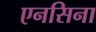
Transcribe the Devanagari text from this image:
एनसिना